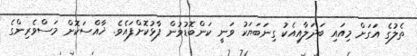
ތެލުގެ އަގަށް މިއައި ބަދަލާއިއެކު ގިނަބަޔަކު ވަނީ ކަންބޮޑުވުން ފާޅުކޮށްފައެވެ. ޚާއްސަކޮށް މަސްވެރިންގެ